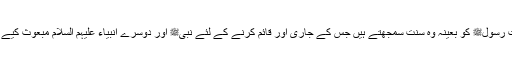
کہ آپ عاداتِ رسولﷺ کو بعینہٖ وہ سنت سمجھتے ہیں جس کے جاری اور قائم کرنے کے لئے نبیﷺ اور دوسرے انبیاء علیہم السلام مبعوث کیے جاتے رہے۔